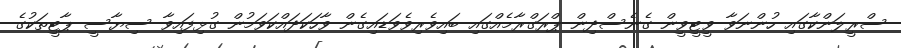
ސްރީލަންކާގައި ހުންނަވާ ވީޓީވީން ގެނެސްދިން ޕްރަގްރާމެއްގައި ބައިވެރިވެވަޑައިގެން ވާހަކަދައްކަވަމުން ގުޅިފައިވާ ސިޔާސީ ޕާޓީތަކުގެ